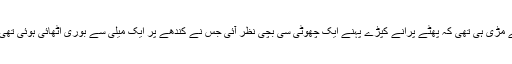
وہ آئس کریم لینے کے لیے مڑی ہی تھی کہ پھٹے پرانے کپڑے پہنے ایک چھوٹی سی بچی نظر آئی جس نے کندھے پر ایک میلی سے بوری اٹھائی ہوئی تھی اور اسے گھور رہی تھی۔